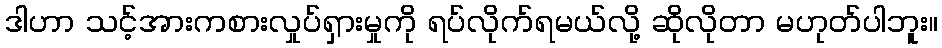
ဒါဟာ သင့်အားကစားလှုပ်ရှားမှုကို ရပ်လိုက်ရမယ်လို့ ဆိုလိုတာ မဟုတ်ပါဘူး။